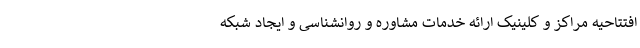
افتتاحیه مراکز و کلینیک ارائه خدمات مشاوره و روانشناسی و ایجاد شبکه